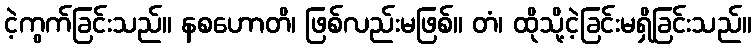
ငဲ့ကွက်ခြင်းသည်။ နစဟောတိ၊ ဖြစ်လည်းမဖြစ်။ တံ၊ ထိုသို့ငဲ့ခြင်းမရှိခြင်းသည်။